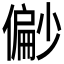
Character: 𫣪